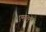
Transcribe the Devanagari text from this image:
एम३९